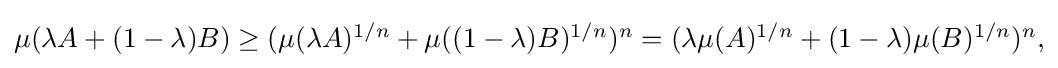
{\textstyle \mu (\lambda A+(1-\lambda )B)\geq (\mu (\lambda A)^{1/n}+\mu ((1-\lambda )B)^{1/n})^{n}=(\lambda \mu (A)^{1/n}+(1-\lambda )\mu (B)^{1/n})^{n},}